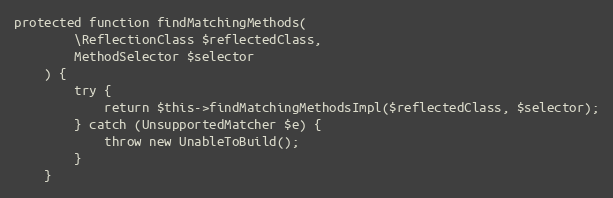
Language: PHP
protected function findMatchingMethods(
        \ReflectionClass $reflectedClass,
        MethodSelector $selector
    ) {
        try {
            return $this->findMatchingMethodsImpl($reflectedClass, $selector);
        } catch (UnsupportedMatcher $e) {
            throw new UnableToBuild();
        }
    }